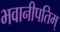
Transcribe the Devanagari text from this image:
भवानीपतिम्